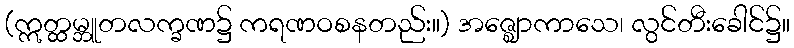
(ဣတ္ထမ္ဘူတလက္ခဏ၌ ကရဏဝစနတည်း။) အဇ္ဈောကာသေ၊ လွင်တီးခေါင်၌။